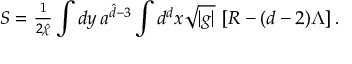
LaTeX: S = { \textstyle \frac { 1 } { 2 { \hat { \chi } } } } \int { d y \, a ^ { { \hat { d } } - 3 } } \int { d ^ { d } x \sqrt { | g | } \, \left[ R - ( d - 2 ) \Lambda \right] } \, .